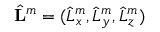
\hat { \bf L } ^ { m } = ( \hat { L } _ { x } ^ { m } , \hat { L } _ { y } ^ { m } , \hat { L } _ { z } ^ { m } )